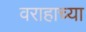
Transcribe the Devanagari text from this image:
वराहाच्या